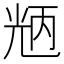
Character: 𠒝